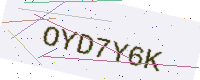
Text: OYD7Y6K